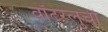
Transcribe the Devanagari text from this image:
वॉटरलुची